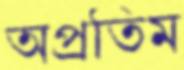
অপ্রতিম